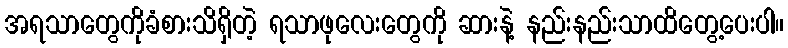
အရသာတွေကိုခံစားသိရှိတဲ့ ရသာဖုလေးတွေကို ဆားနဲ့ နည်းနည်းသာထိတွေ့ပေးပါ။